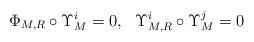
LaTeX: \begin{align*}\Phi_{M, R} \circ \Upsilon_M^i=0, \ \ \Upsilon_{M, R}^i \circ \Upsilon_M^j=0\end{align*}